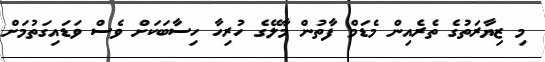
މި ޒިޔާރަތުގެ ތެރެއިން މެޑަމް ފާތުން މާލޭގެ ހުރިހާ ހިސާބަކަށް ވެސް ވަޑައިގަތުމަށް